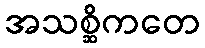
အသစ္ဆိကတေ